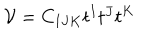
{ \cal V } = C _ { I J K } t ^ { I } t ^ { J } t ^ { K } \